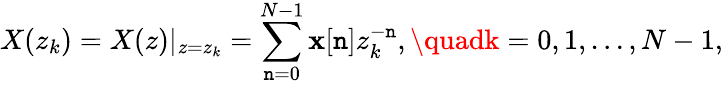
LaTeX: X(z_{k})=X(z)|_{z=z_{k}}=\sum_{\mathtt{n}=0}^{N-1}\mathbf{x}[\mathtt{n}]z_{k}^{-\mathtt{n}},\quadk=0,1,...,N-1,